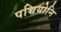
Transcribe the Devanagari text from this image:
पच्चियोनि